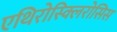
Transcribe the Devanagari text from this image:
एथिरोस्क्लिरोसिस